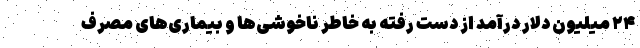
۲۴ میلیون دلار درآمد از دست رفته به خاطر ناخوشی‌ها و بیماری‌های مصرف